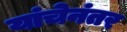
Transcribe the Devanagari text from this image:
यांचेनंतर